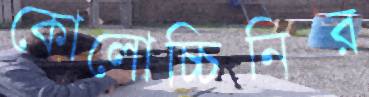
কোলোচ্চিনির